Civil Veterinary Department Bengal reports 1933-51 - 1933-1951
Year: 1933
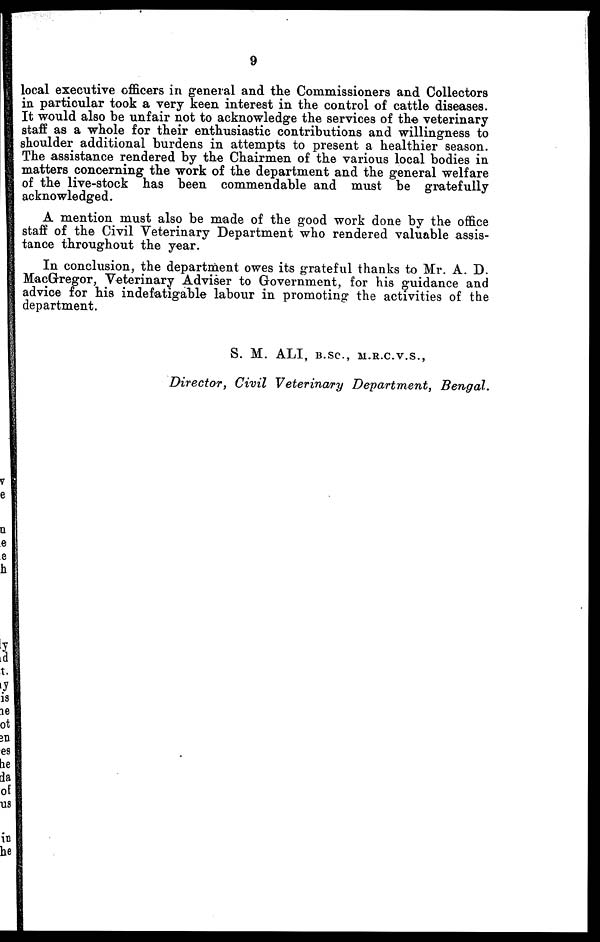
9
local executive officers in general and the Commissioners and Collectors
in particular took a very keen interest in the control of cattle diseases.
It would also be unfair not to acknowledge the services of the veterinary
staff as a whole for their enthusiastic contributions and willingness to
shoulder additional burdens in attempts to present a healthier season.
The assistance rendered by the Chairmen of the various local bodies in
matters concerning the work of the department and the general welfare
of the live-stock has been commendable and must be gratefully
acknowledged.
A mention must also be made of the good work done by the office
staff of the Civil Veterinary Department who rendered valuable assis-
tance throughout the year.
In conclusion, the department owes its grateful thanks to Mr. A. D.
MacGregor, Veterinary Adviser to Government, for his guidance and
advice for his indefatigable labour in promoting the activities of the
department.
S. M. ALI, B.SC, M.R.C.V.S.,
Director, Civil Veterinary Department,
Bengal.